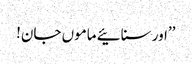
’’اور سنائیے ماموں جان!